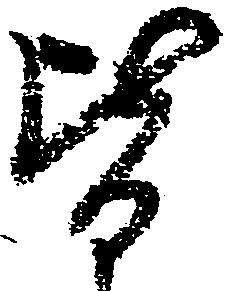
皆